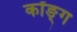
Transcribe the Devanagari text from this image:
कॉङ्‌ग